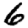
Digit: 6